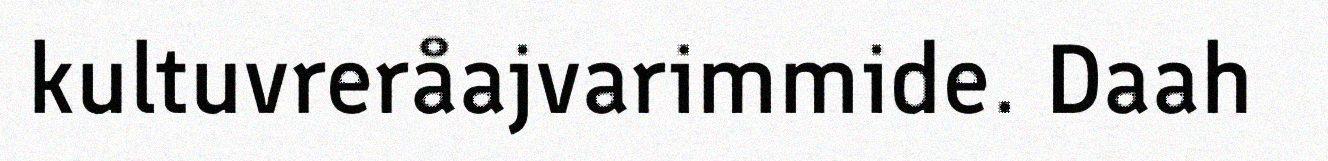
kultuvreråajvarimmide. Daah